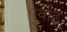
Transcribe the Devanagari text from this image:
पुर्वाह्न